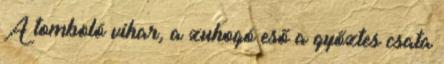
A tomboló vihar, a zuhogó eső a győztes csata